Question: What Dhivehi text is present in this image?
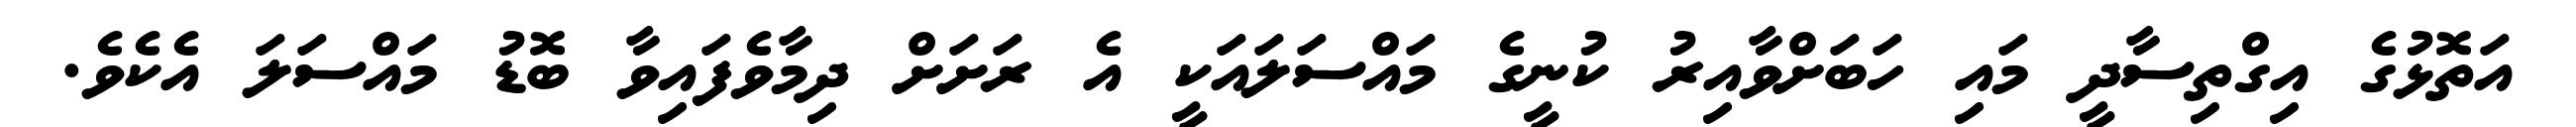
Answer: އަތޮޅުގެ އިގްތިސާދީ މައި ހަބަށްވާއިރު ކުނީގެ މައްސަލައަކީ އެ ރަށަށް ދިމާވެފައިވާ ބޮޑު މައްސަލަ އެކެވެ.